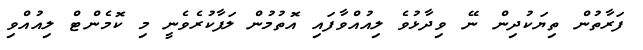
ފަރާތުން ތިޔަކުދިން ނޭ ވިދާޅުވެ ލިއުއްވާފައި އޮތުމުން ލަފާކުރެވެނީ މި ކޮމެންޓް ލިއުއްވި